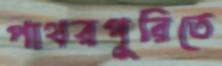
পাথরপুরিতে